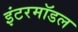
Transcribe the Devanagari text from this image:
इंटरमॉडल